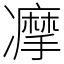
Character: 𠘚